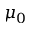
\mu _ { 0 }